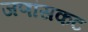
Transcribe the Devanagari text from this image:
जणांसकट